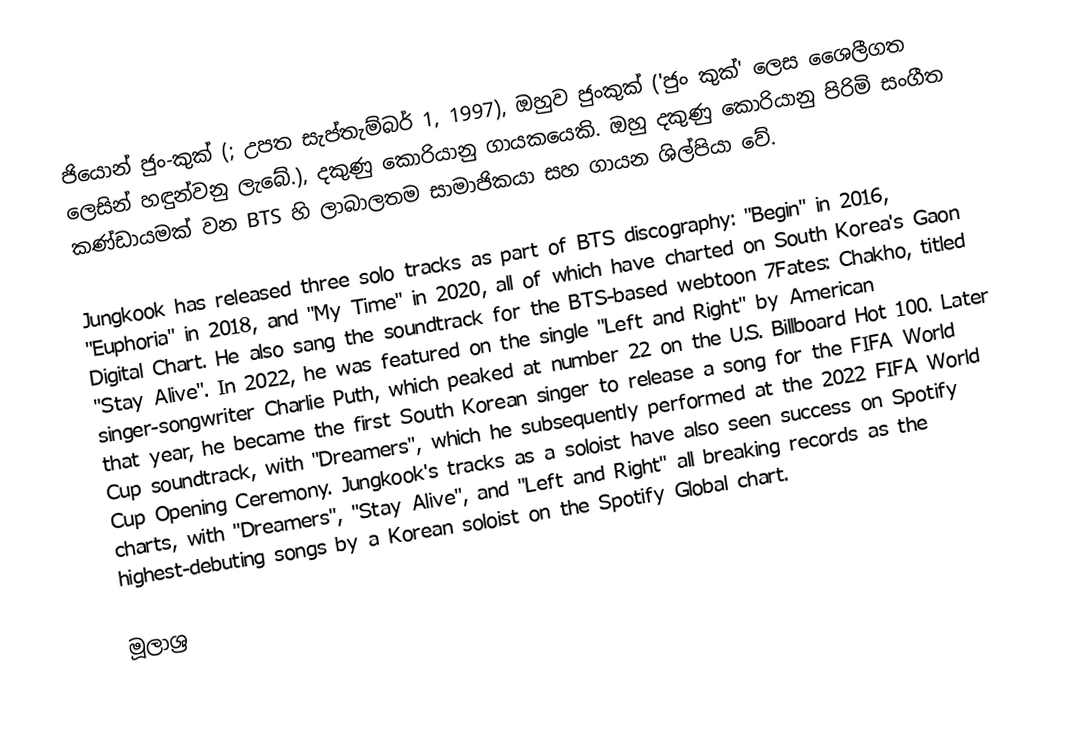
ජියොන් ජුං-කුක් (; උපත සැප්තැම්බර් 1, 1997), ඔහුව ජුංකුක් ('ජුං කුක්' ලෙස ශෛලීගත ලෙසින් හඳුන්වනු ලැබේ.), දකුණු කොරියානු ගායකයෙකි. ඔහු දකුණු කොරියානු පිරිමි සංගීත කණ්ඩායමක් වන BTS හි ලාබාලතම සාමාජිකයා සහ ගායන ශිල්පියා වේ.

Jungkook has released three solo tracks as part of BTS discography: "Begin" in 2016, "Euphoria" in 2018, and "My Time" in 2020, all of which have charted on South Korea's Gaon Digital Chart. He also sang the soundtrack for the BTS-based webtoon 7Fates: Chakho, titled "Stay Alive". In 2022, he was featured on the single "Left and Right" by American singer-songwriter Charlie Puth, which peaked at number 22 on the U.S. Billboard Hot 100. Later that year, he became the first South Korean singer to release a song for the FIFA World Cup soundtrack, with "Dreamers", which he subsequently performed at the 2022 FIFA World Cup Opening Ceremony. Jungkook's tracks as a soloist have also seen success on Spotify charts, with "Dreamers", "Stay Alive", and "Left and Right" all breaking records as the highest-debuting songs by a Korean soloist on the Spotify Global chart.

මූලාශ්‍ර